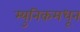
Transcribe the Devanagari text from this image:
म्युनिकमधून